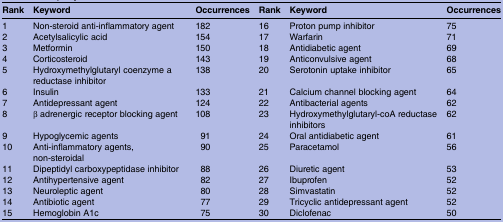
| Rank | Keyword | Occurrences | Rank | Keyword | Occurrences |
 | --- | --- | --- | --- | --- | --- |
 | 1 | Non-steroid anti-inflammatory agent | 182 | 16 | Proton pump inhibitor | 75 |
 | 2 | Acetylsalicylic acid | 154 | 17 | Warfarin | 71 |
 | 3 | Metformin | 150 | 18 | Antidiabetic agent | 69 |
 | 4 | Corticosteroid | 143 | 19 | Anticonvulsive agent | 68 |
 | 5 | Hydroxymethylglutaryl coenzyme a reductase inhibitor | 138 | 20 | Serotonin uptake inhibitor | 65 |
 | 6 | Insulin | 133 | 21 | Calcium channel blocking agent | 64 |
 | 7 | Antidepressant agent | 124 | 22 | Antibacterial agents | 62 |
 | 8 | β adrenergic receptor blocking agent | 108 | 23 | Hydroxymethylglutaryl-coA reductase inhibitors | 62 |
 | 9 | Hypoglycemic agents | 91 | 24 | Oral antidiabetic agent | 61 |
 | 10 | Anti-inflammatory agents, non-steroidal | 90 | 25 | Paracetamol | 56 |
 | 11 | Dipeptidyl carboxypeptidase inhibitor | 88 | 26 | Diuretic agent | 53 |
 | 12 | Antihypertensive agent | 82 | 27 | Ibuprofen | 52 |
 | 13 | Neuroleptic agent | 80 | 28 | Simvastatin | 52 |
 | 14 | Antibiotic agent | 77 | 29 | Tricyclic antidepressant agent | 52 |
 | 15 | Hemoglobin A1c | 75 | 30 | Diclofenac | 50 |